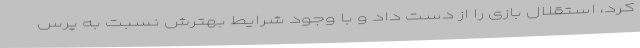
کرد، استقلال بازی را از دست داد و با وجود شرایط بهترش نسبت به پرس